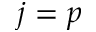
j = p